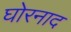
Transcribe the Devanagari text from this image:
घोरनाद